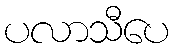
ပလာသီပေ